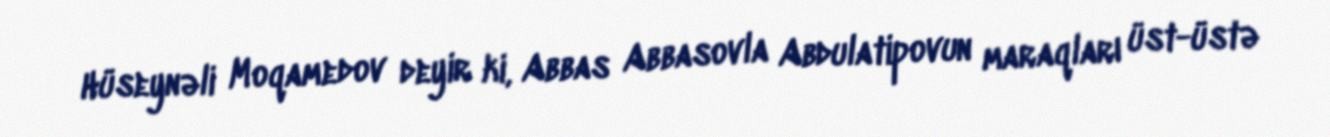
Hüseynəli Moqamedov deyir ki, Abbas Abbasovla Abdulatipovun maraqları üst-üstə